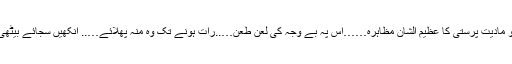
ایک تو مادیت پرستی کا عظیم الشان مظاہرہ……اس پہ بے وجہ کی لعن طعن…..رات ہونے تک وہ منہ پھلائے….. آنکھیں سجائے بیٹھی رہی۔